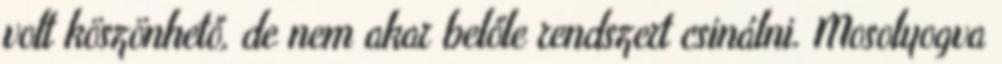
volt köszönhető, de nem akar belőle rendszert csinálni. Mosolyogva